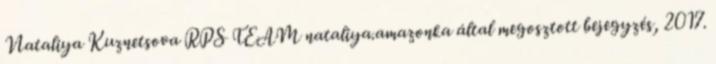
Nataliya Kuznetsova RPS TEAM nataliya.amazonka által megosztott bejegyzés, 2017.